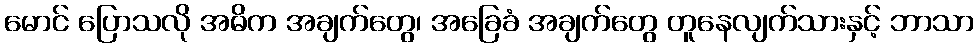
မောင် ပြောသလို အဓိက အချက်တွေ၊ အခြေခံ အချက်တွေ တူနေလျက်သားနှင့် ဘာသာ